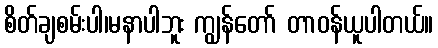
စိတ်ချစမ်းပါ၊မနာပါဘူး ကျွန်တော် တာဝန်ယူပါတယ်။